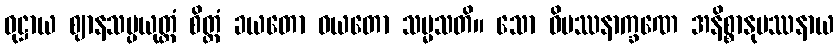
ဝုဋ္ဌာယ ဈာနသမ္ပယုတ္တံ စိတ္တံ ခယတော ဝယတော သမ္မသတိ။ သော ဝိပဿနာက္ခဏေ အနိစ္စာနုပဿနာယ